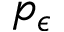
p _ { \epsilon }